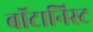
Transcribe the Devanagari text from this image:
बाॅटानिस्ट